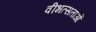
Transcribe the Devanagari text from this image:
वीभत्सताओं